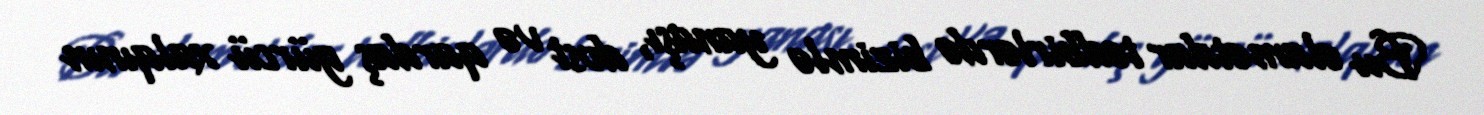
Bu əlamətdar tədbirlərdə bizimlə yanaşı, dost və qardaş gürcü xalqının